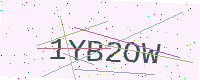
Text: 1YB2OW